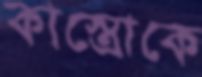
কাস্ত্রোকে